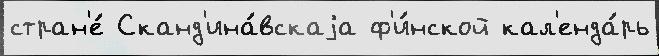
стран'е́ Сканд'ина́вскаjа ф'и́нской кал'енда́рь